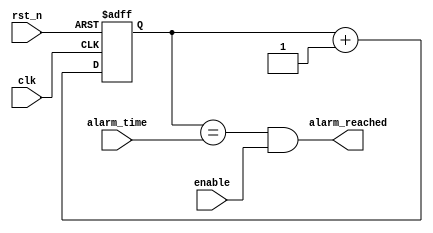
module real_time_clock(
    input wire clk,
    input wire rst_n,
    input wire [31:0] alarm_time,
    input wire enable,
    output wire alarm_reached
    );

// Counter module to keep track of current time
reg [31:0] current_time;
always @(posedge clk or negedge rst_n) begin
    if(!rst_n) begin
        current_time <= 32'b0;
    end else begin
        current_time <= current_time + 1;
    end
end

// Comparator to compare current time with alarm time
assign alarm_reached = (current_time == alarm_time) & enable;

endmodule